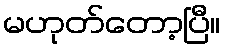
မဟုတ်တော့ပြီ။